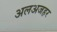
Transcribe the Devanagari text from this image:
अलअजहर